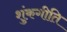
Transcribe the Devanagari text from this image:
शुंकगीति